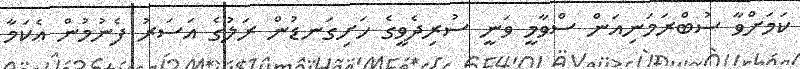
ކަމަށްވާ ސުބްރަމަނިއަން ސްވާމީ ވަނީ ސުރިދެވީގެ ހަށިގަނޑުން ރަލުގެ އަސަރު ފެނުމުން އެކަމާ